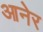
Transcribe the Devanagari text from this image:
आनेर